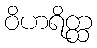
ဝိဟရိတ္ထ